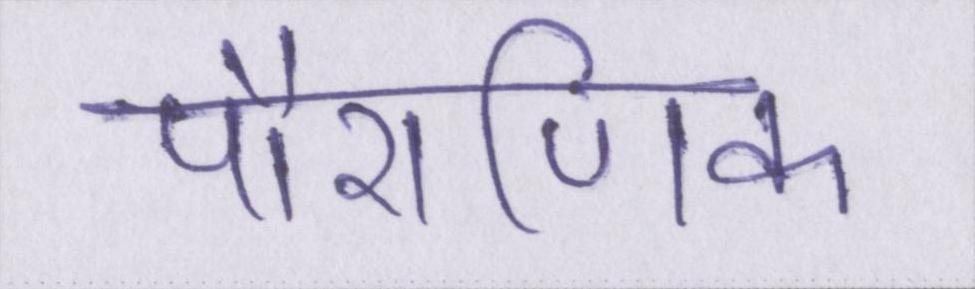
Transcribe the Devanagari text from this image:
पौराणिक